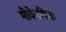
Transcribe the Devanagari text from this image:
मोवेनपिक